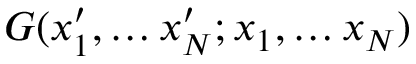
\begin{array} { r l r } { \lefteqn { G ( x _ { 1 } ^ { \prime } , \dots x _ { N } ^ { \prime } ; x _ { 1 } , \dots x _ { N } ) \; \; \; \; \; \; \; \; \; } } \end{array}